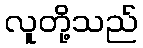
လူတို့သည်